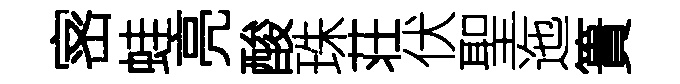
宻蛙亮酸珠荘伏聖迤簣